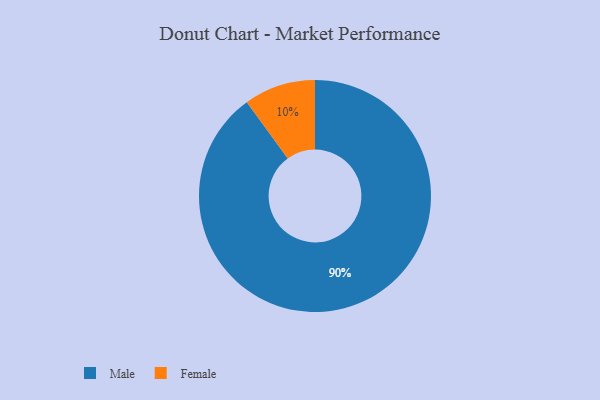
{"axis": {"x": "Category", "y": "Percentage"}, "legend": ["Female", "Male"], "data": [{"x": "Female", "y": 10, "type": "Female"}, {"x": "Male", "y": 90, "type": "Male"}]}